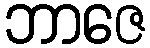
ဘာဇေ